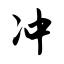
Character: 冲